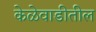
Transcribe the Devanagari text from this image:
केळेवाडीतील